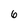
Character: 6